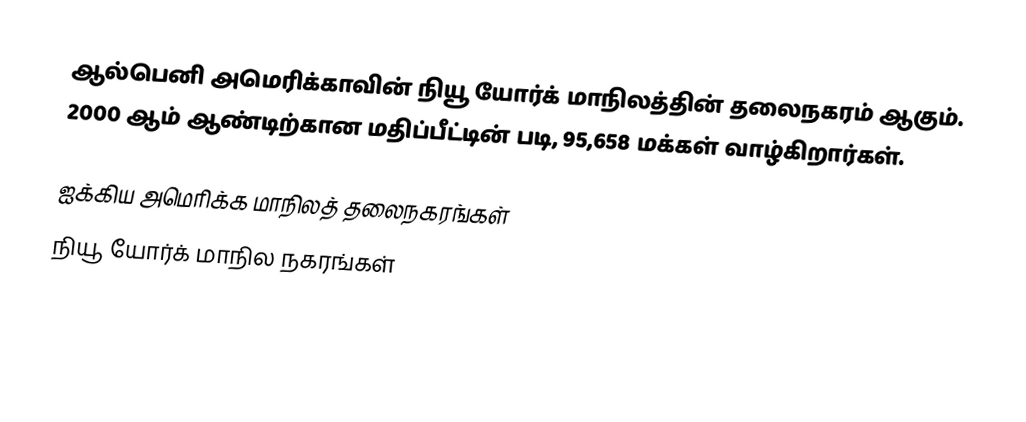
ஆல்பெனி அமெரிக்காவின் நியூ யோர்க் மாநிலத்தின் தலைநகரம் ஆகும். 2000 ஆம் ஆண்டிற்கான மதிப்பீட்டின் படி, 95,658 மக்கள் வாழ்கிறார்கள்.

ஐக்கிய அமெரிக்க மாநிலத் தலைநகரங்கள்
நியூ யோர்க் மாநில நகரங்கள்